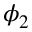
\phi _ { 2 }